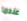
عندما